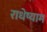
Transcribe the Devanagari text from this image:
राधेष्याम